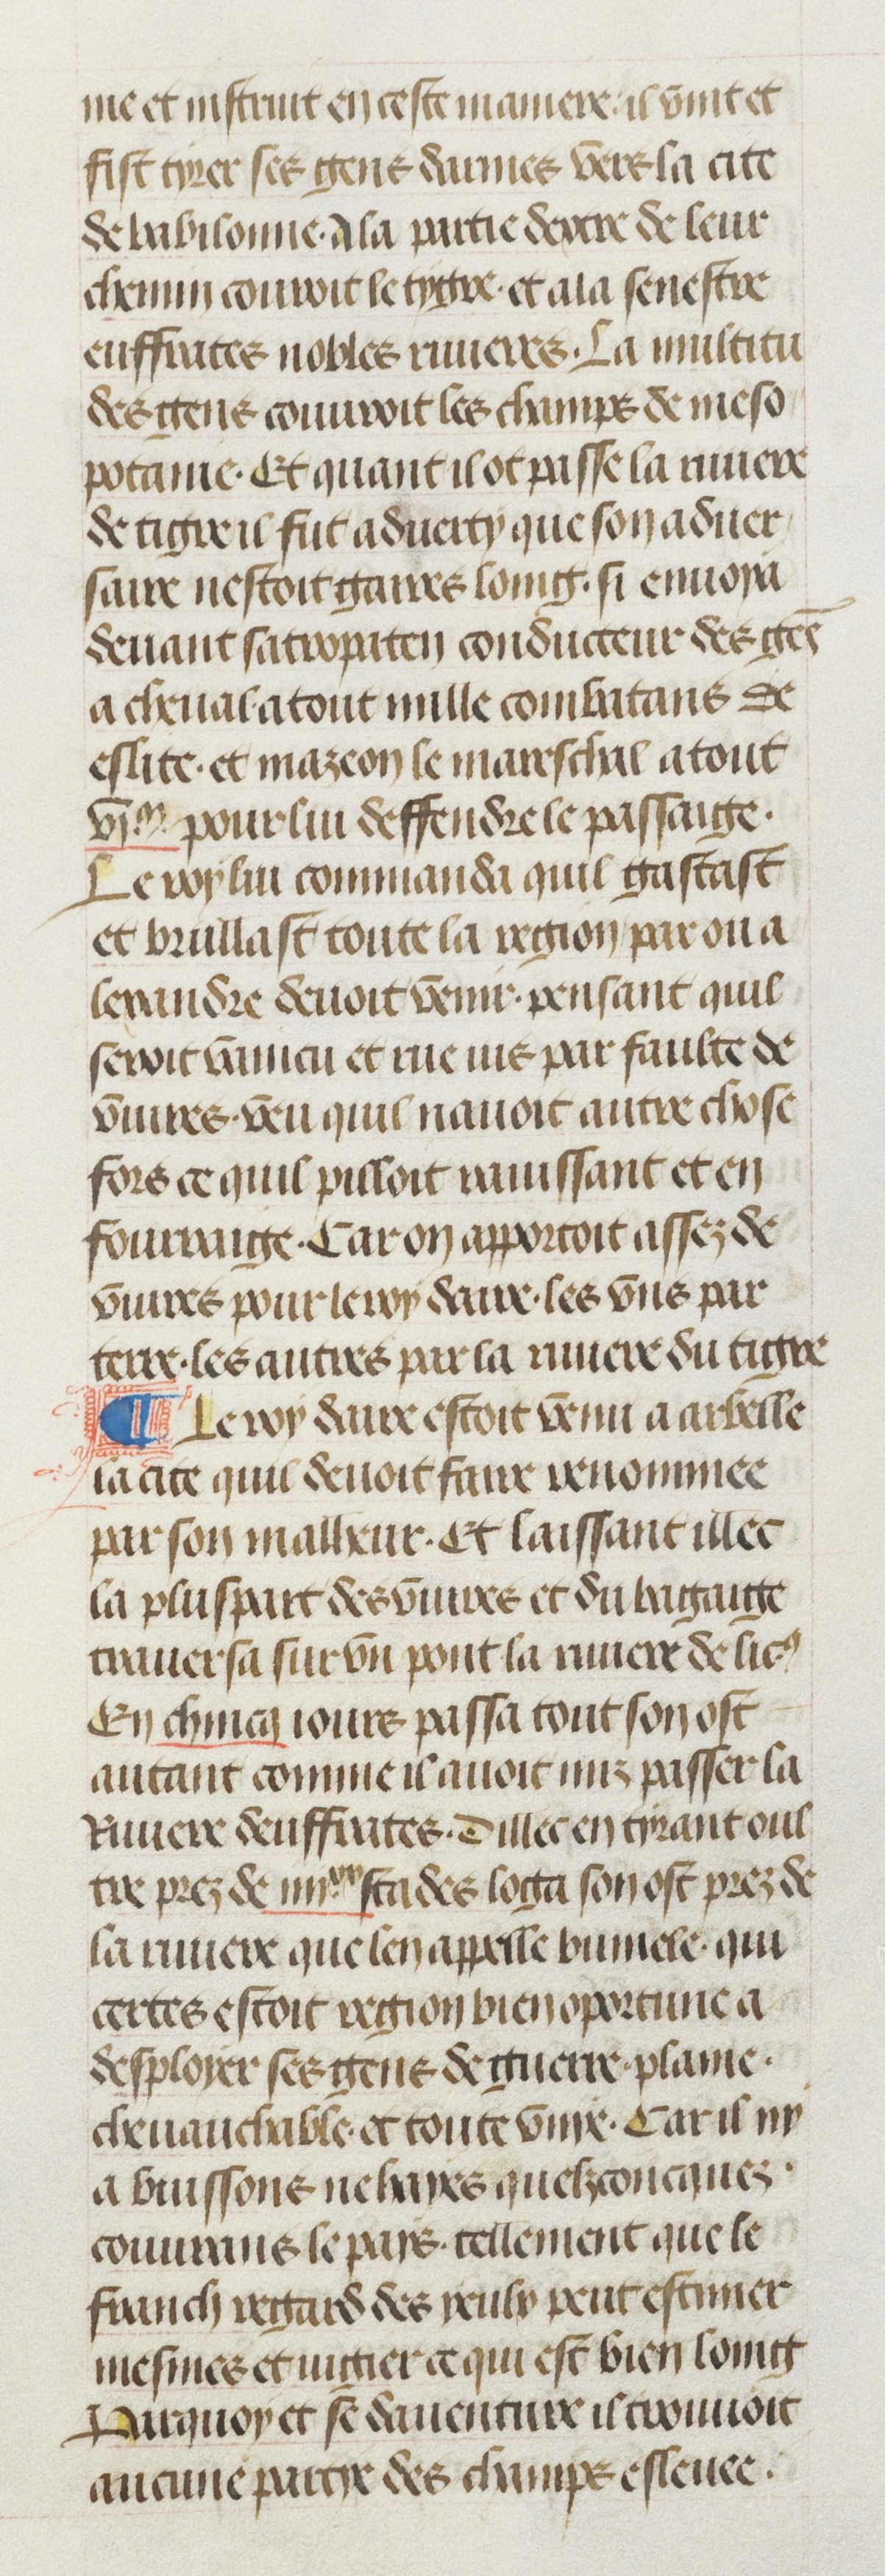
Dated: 1470–1499